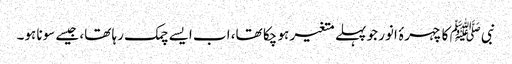
نبیﷺ کا چہرۂ انور جو پہلے متغیر ہو چکا تھا، اب ایسے چمک رہا تھا، جیسے سونا ہو۔